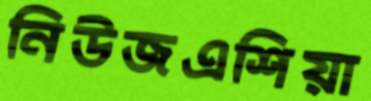
নিউজএশিয়া